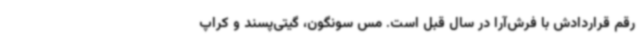
رقم قراردادش با فرش‌آرا در سال قبل است. مس سونگون، گیتی‌پسند و کراپ